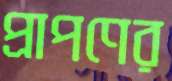
প্রাপণের